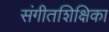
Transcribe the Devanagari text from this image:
संगीतशिक्षिका